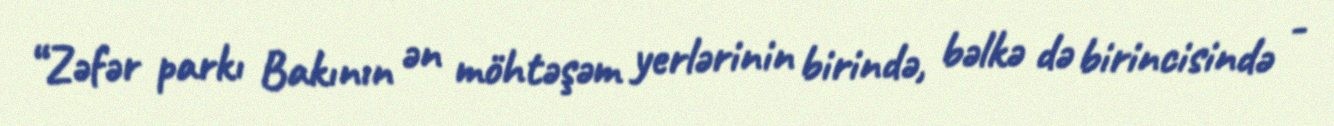
“Zəfər parkı Bakının ən möhtəşəm yerlərinin birində, bəlkə də birincisində -